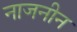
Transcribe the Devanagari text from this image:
नाजनीन